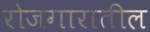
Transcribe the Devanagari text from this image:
रोजगारातील